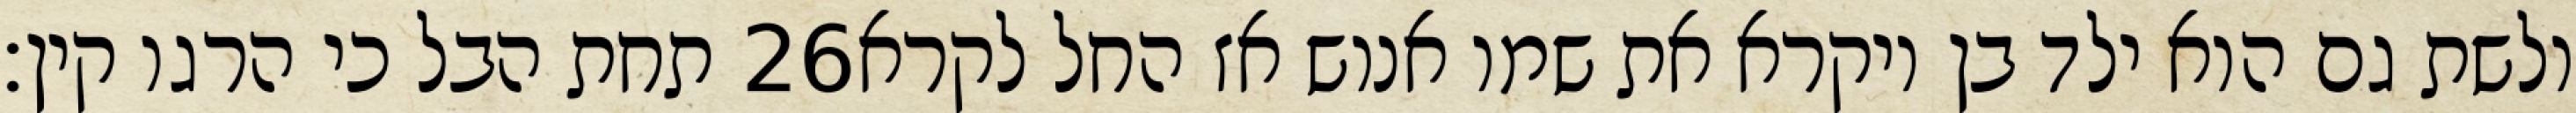
תחת הבל כי הרגו קין׃ ‎26‏ ולשת גם הוא ילד בן ויקרא את שמו אנוש אז החל לקרא